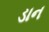
ડાન